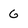
Character: 6